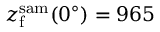
z _ { \mathrm { f } } ^ { \mathrm { s a m } } ( 0 ^ { \circ } ) = 9 6 5